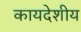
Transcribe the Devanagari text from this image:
कायदेशीय